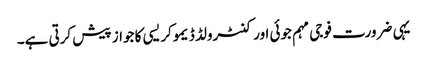
یہی ضرورت فوجی مہم جوئی اور کنٹرولڈ ڈیموکریسی کا جواز پیش کرتی ہے۔